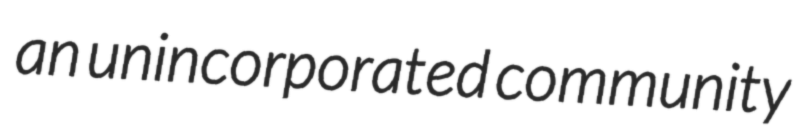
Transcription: an unincorporated community